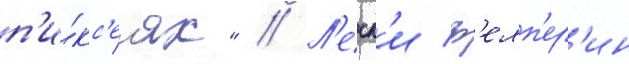
п'и́кс'ел'ях" // Л'есл'и ф'елп'ер'ин